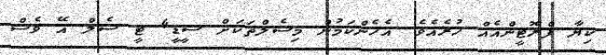
ކިޔާ ފްރޮޓީންއެއް ހުރެެއެވެ. އެހެންކަމުން މިސެލްތަކަށް ސީޑީ4 ޓީ ސެލް އޭ ވެސް